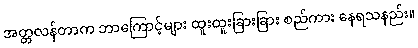
အတ္တလန်တာက ဘာကြောင့်များ ထူးထူးခြားခြား စည်ကား နေရသနည်း။